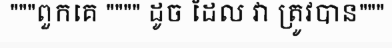
"""ពួកគេ """" ដូច ដែល វា ត្រូវបាន"""